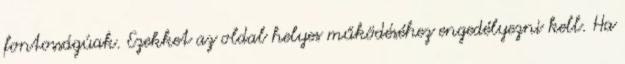
fontosságúak. Ezekket az oldal helyes működéséhez engedélyezni kell. Ha